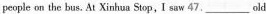
people on the bus. At Xinhua Stop, I saw 47.___ old